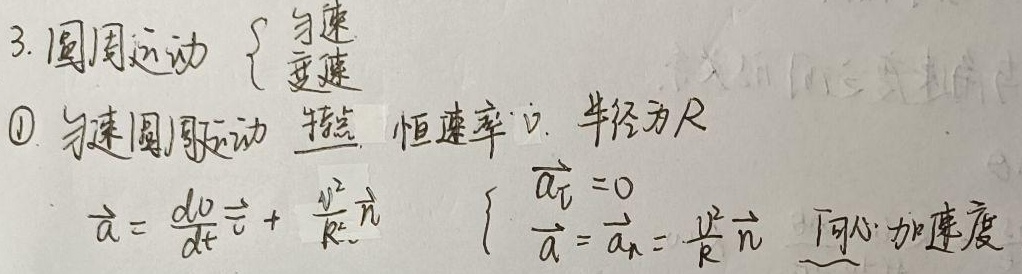
3. 圆周运动 \(\begin{cases}匀速 \\变速\end{cases}\)
\textcircled{1} 匀速圆周运动
特点：恒速率\(v\)，半径为\(R\)
\(\overrightarrow{a}=\frac{dv}{dt}\overrightarrow{\tau}+\frac{v^{2}}{R}\overrightarrow{n}\)
\(\begin{cases}\overrightarrow{a_{\tau}} = 0 \\\overrightarrow{a}=\overrightarrow{a_{n}}=\frac{v^{2}}{R}\overrightarrow{n} \text{ （向心加速度）}\end{cases}\)